38_143685_box_Incident_Summaries_173-233
Agency: Department of War
Page 108
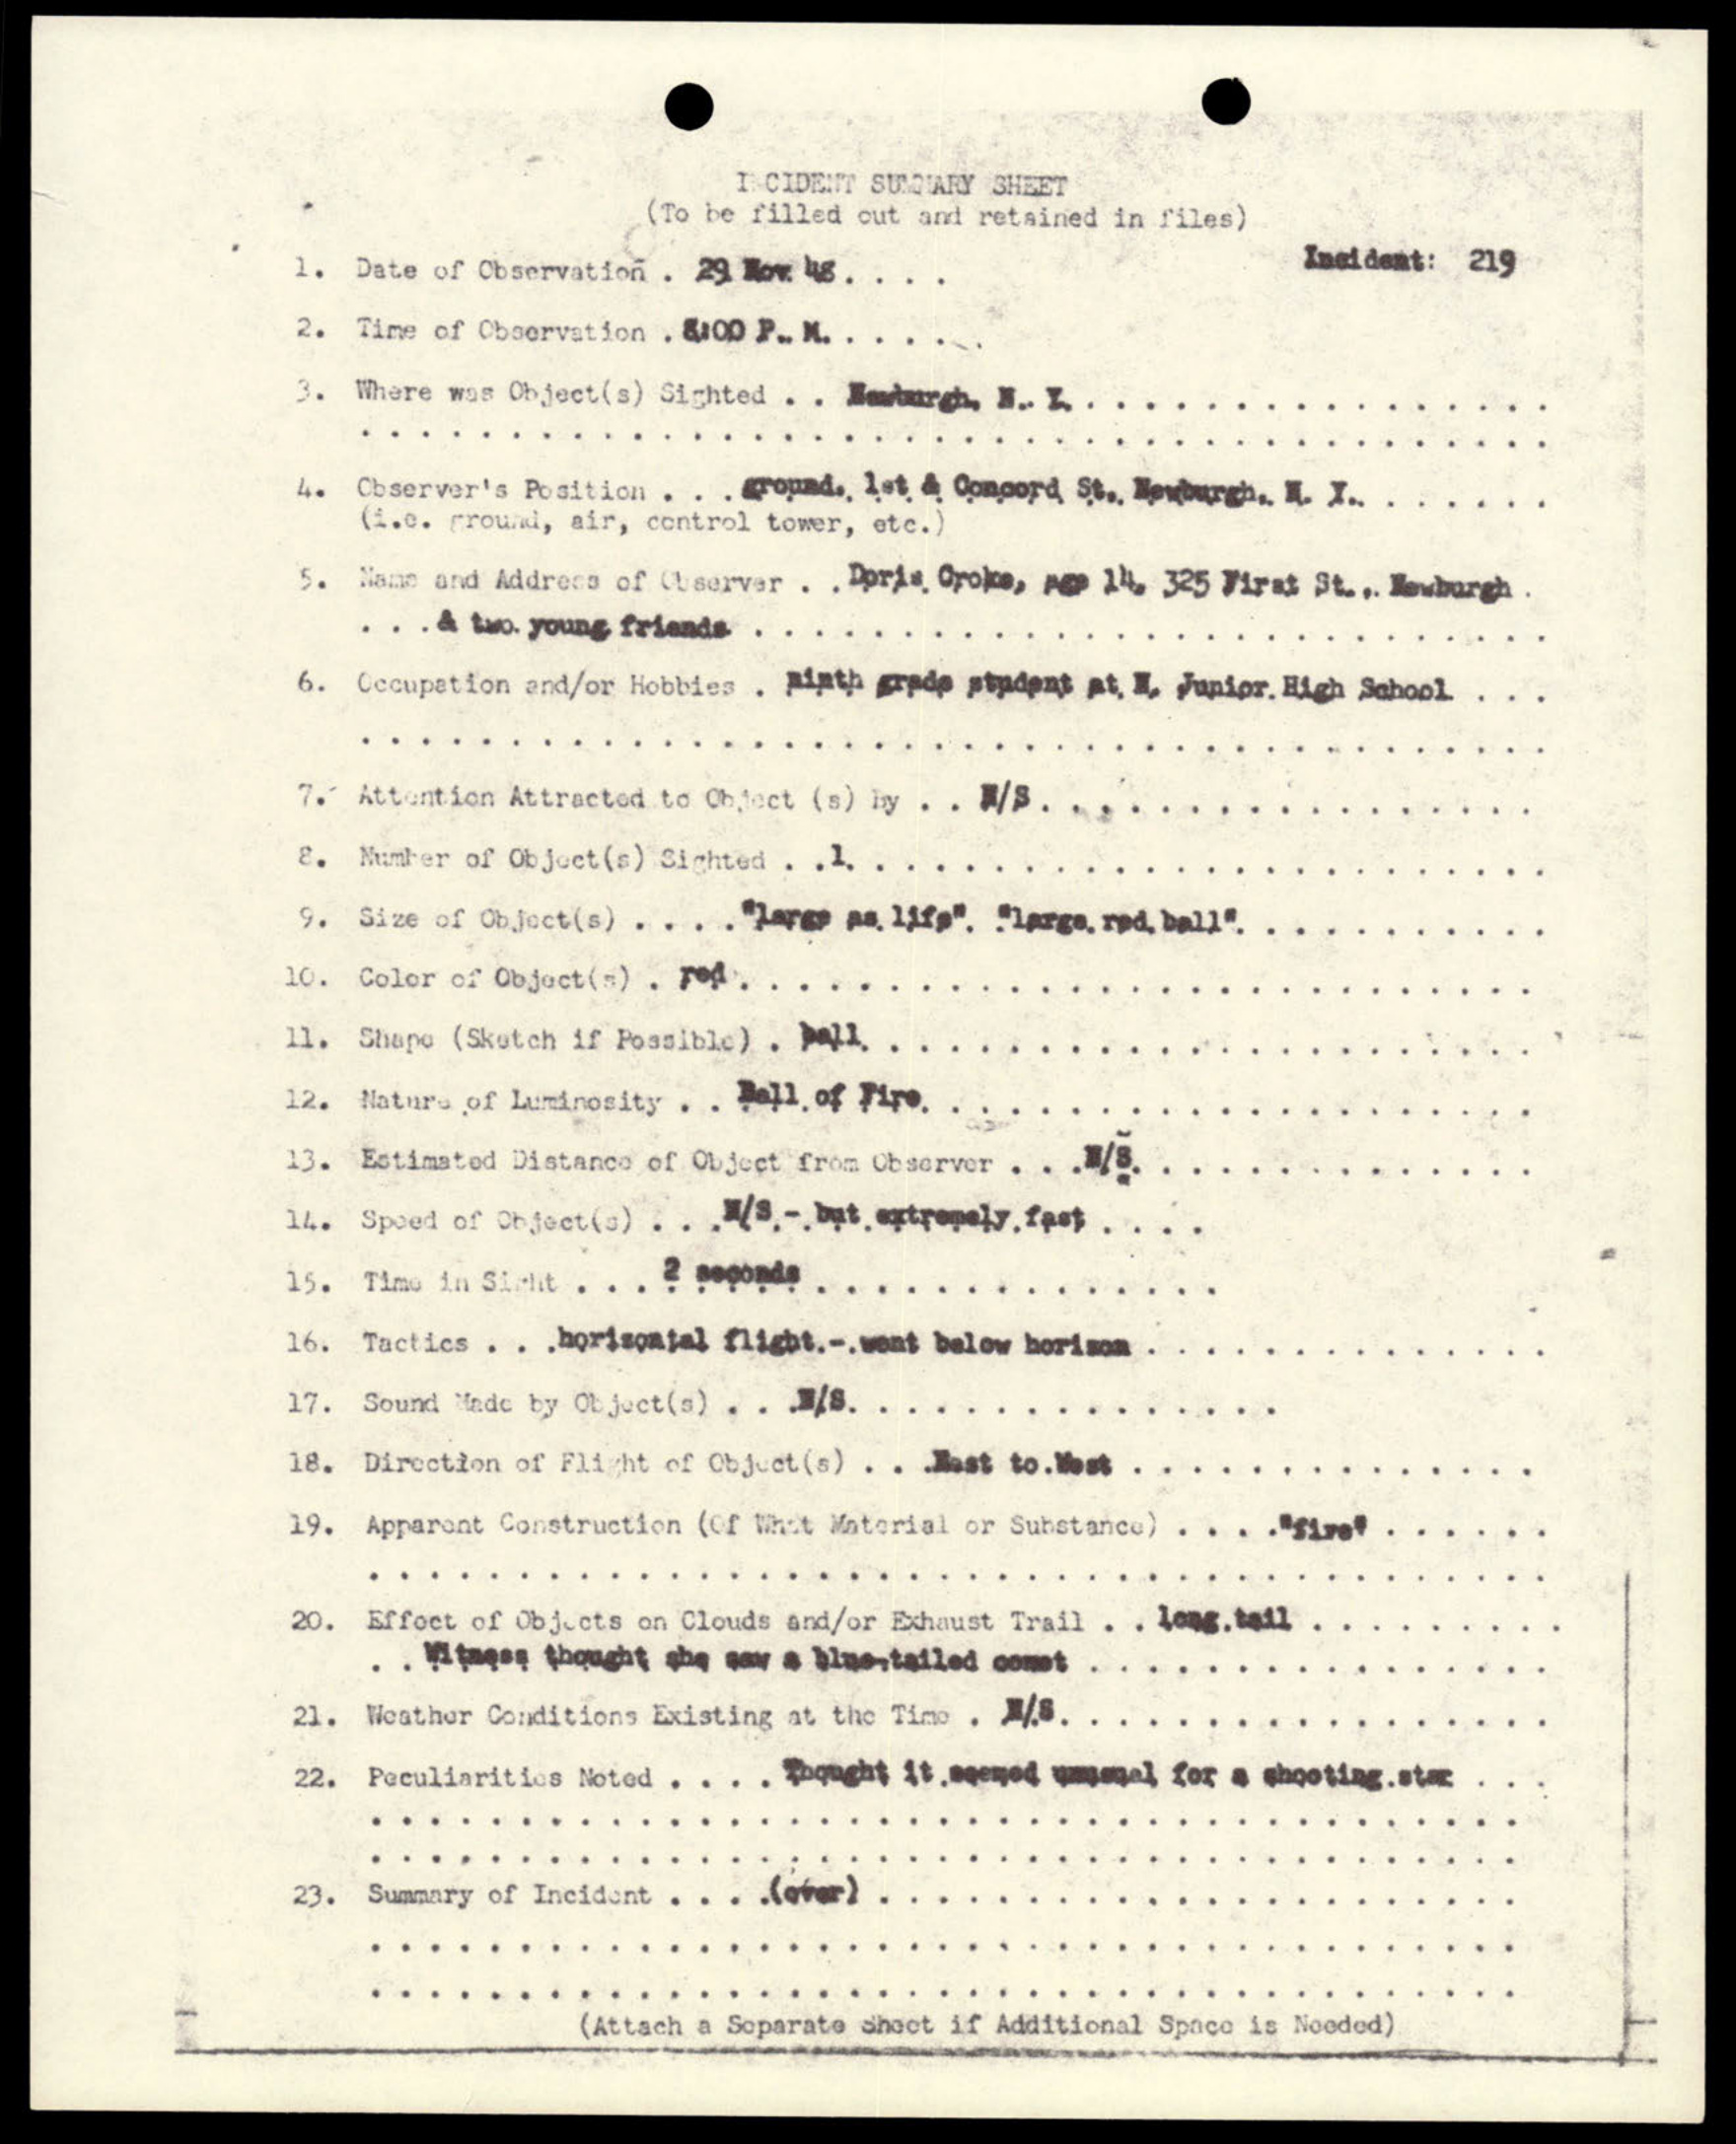